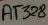
Text: AT328